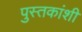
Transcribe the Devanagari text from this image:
पुस्तकांशी